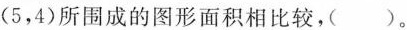
(5，4)所围成的图形面积相比较，()。